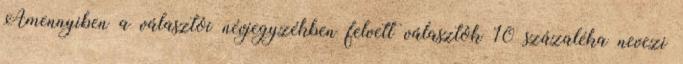
Amennyiben a választói névjegyzékben felvett választók 10 százaléka nevezi